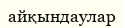
айқындаулар